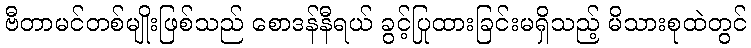
ဗီတာမင်တစ်မျိုးဖြစ်သည် စောဒန်နီရယ် ခွင့်ပြုထားခြင်းမရှိသည့် မိသားစုထဲတွင်